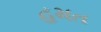
હમત